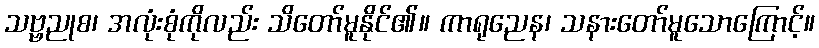
သဗ္ဗညုစ၊ အလုံးစုံကိုလည်း သိတော်မူနိုင်၏။ ကာရုညေန၊ သနားတော်မူသောကြောင့်။